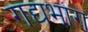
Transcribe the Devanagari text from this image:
गद्यभाग